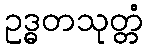
ဥဒ္ဓတသုတ္တံ